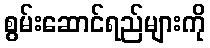
စွမ်းဆောင်ရည်များကို